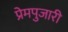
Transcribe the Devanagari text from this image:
प्रेमपुजारी